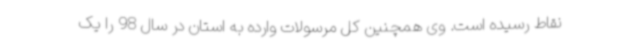
نقاط رسیده است. وی همچنین کل مرسولات وارده به استان در سال 98 را یک